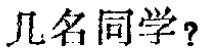
几名同学？